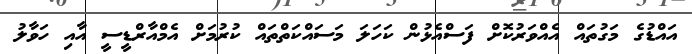
އައްޑުގެ މަގުތައް އެއްވަރުކޮށް ފަސްއެޅުން ކަހަލަ މަސައްކަތްތައް ކުރުމަށް އެމްއާރްޑީސީ އާއި ހަވާލު